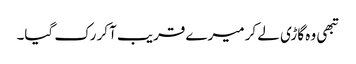
تبھی وہ گاڑی لے کر میرے قریب آکر رک گیا۔